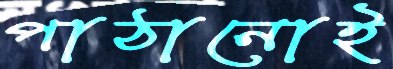
পাঠানোই